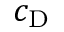
c _ { \mathrm { D } }